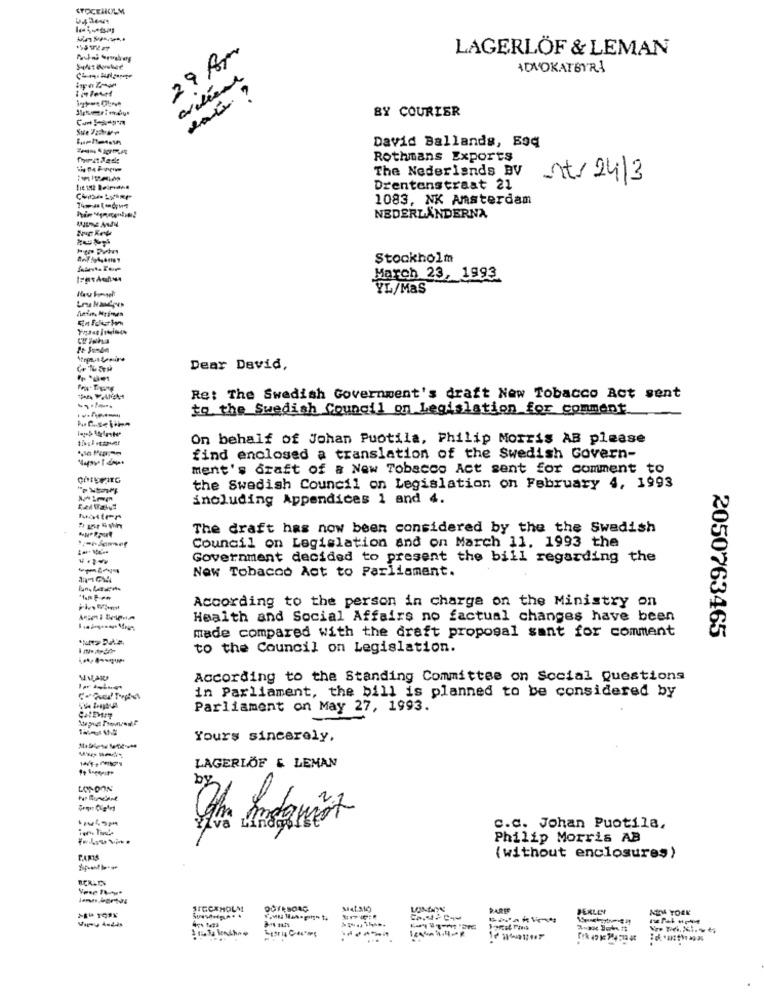
STOCKHOLM
29 Am
LAGERLÖF & LEMAN
ADVOKATBYRÅ
BY COURIER
David Ballands, Boq
Rothmans Exports
The Nederlands BV
nt/ 24/3
Drentenstraat 21
1083, NK Amsterdam
NEDERLÄNDERNA
Stockholm
March 23, 1993
YL/MaS
Dear David,
Re: The Swedish Government's draft New Tobacco Act sent
to the Swedish Council on Legislation for comment
On behalf of Johan Puotila, Philip Morris AB please
find enclosed a translation of the Swedish Govern-
ment's draft of a New Tobacco Act sent for comment to
the Swedish Council on Legislation on February 4, 1993
including Appendices 1 and 4.
The draft has now been considered by the the Swedish
Council on Legislation and on March 11, 1993 the
Government decided to present the bill regarding the
New Tobacco Act to Parliament.
According to the person in charge on the Ministry on
Health and Social Affairs no factual changes have been
made compared with the draft proposal sant for comment
2050763465
to the Council on Legislation.
According to the Standing Committee on Social Questions
in Parliament, the bill is planned to be considered by
Parliament on May 27, 1993.
Yours sincerely,
LAGERLÖF & LEMAN
LONDON
c.c. Johan Puotila.
Philip Morris AB
(without enclosures)
SIGCXHOLM
LINDYN
PAREE
PERLES
NIDA YORK